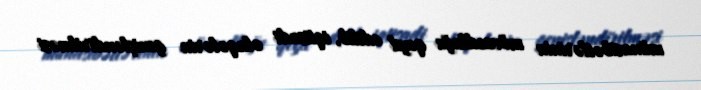
münasibətlərinin mövcudluğu qeyd edilib, iqtisadi əlaqələrin genişləndirilməsi